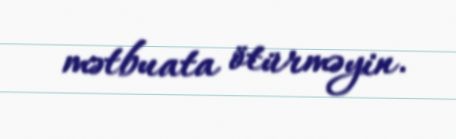
mətbuata ötürməyin.